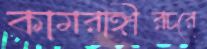
কামরাঙ্গীরচরে